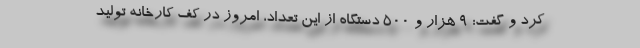
کرد و گفت: ۹ هزار و ۵۰۰ دستگاه از این تعداد، امروز در کف کارخانه تولید